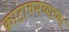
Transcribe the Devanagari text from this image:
काटाचमच्याच्या